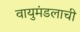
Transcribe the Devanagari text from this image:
वायुमंडलाची